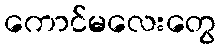
ကောင်မလေးတွေ